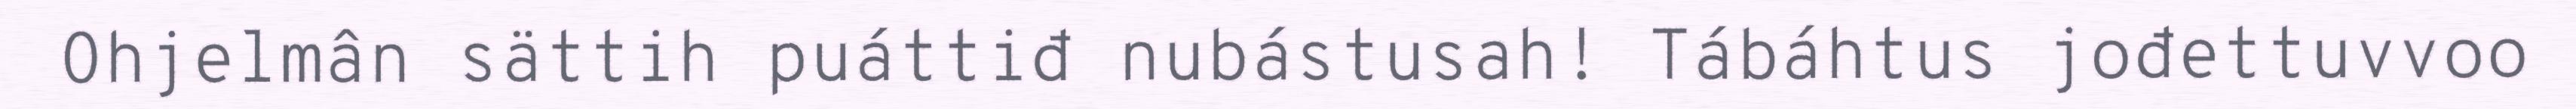
Ohjelmân sättih puáttiđ nubástusah! Tábáhtus jođettuvvoo